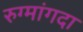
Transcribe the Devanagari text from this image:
रुग्मांगदा